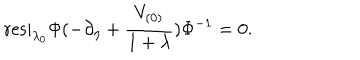
\mathrm { r e s } | _ { \lambda _ { 0 } } \Phi ( - \partial _ { \eta } + \frac { V _ { ( 0 ) } } { 1 + \lambda } ) \Phi ^ { - 1 } = 0 .